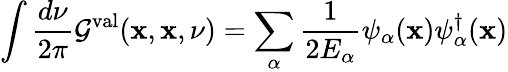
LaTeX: \int\frac{d\nu}{2\pi}{\cal G}^{\mathrm{val}}({\mathbf x},{\mathbf x},\nu)=\sum_{\alpha}\frac{1}{2E_{\alpha}}\psi_{\alpha}({\mathbf x})\psi_{\alpha}^{\dagger}({\mathbf x})